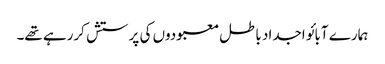
ہمارے آبائو اجداد باطل معبودوں کی پرستش کررہے تھے۔